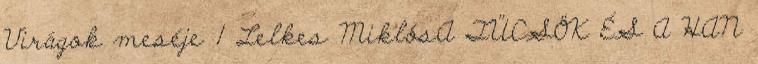
Virágok meséje 1 Lelkes MiklósA TÜCSÖK ÉS A HAN